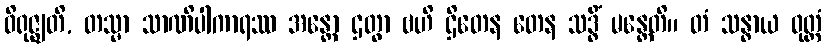
ဝိရုဇ္ဈတိ, တသ္မာ သာဏိပါကာရဿ အန္တော ဌတွာ ဗဟိ ဌိတေန တေန သဒ္ဓိံ မန္တေတိ။ တံ သန္ဓာယ ဝုတ္တံ